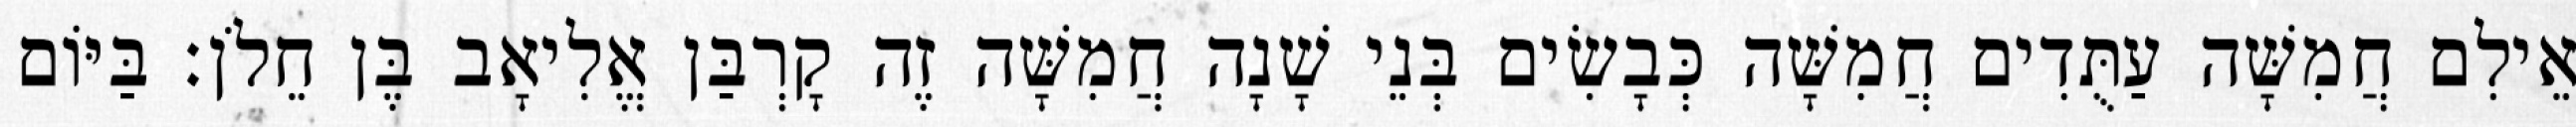
אֵילִם חֲמִשָּׁה עַתֻּדִים חֲמִשָּׁה כְּבָשִׂים בְּנֵי שָׁנָה חֲמִשָּׁה זֶה קָרְבַּן אֱלִיאָב בֶּן חֵלֹן׃ בַּיּוֹם